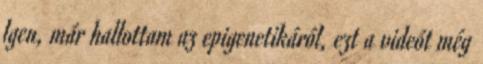
Igen, már hallottam az epigenetikáról, ezt a videót még